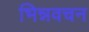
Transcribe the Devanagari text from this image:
भिन्नवचन